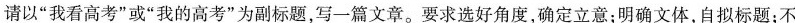
请以”我看高考”或”我的高考”为副标题，写一篇文章。要求选好角度，确定立意；明确文体，自拟标题；不